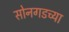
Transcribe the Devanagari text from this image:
सोनगडच्या